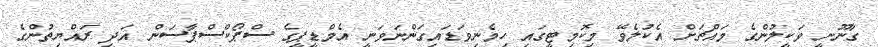
ގާނޫނީ ވަކީލުންގެ މައްޗަށް އެކުލެވޭ މިކޮމިޓީގައި ހިމެނިވަޑައިގަންނަވަނީ އެމްޑީޕީގެ ސްޕޯކްސްޕާސަން އަދި ރައްޔިތުންގެ